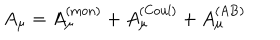
LaTeX: A _ { \mu } = A _ { \mu } ^ { ( \mathrm { m o n } ) } + A _ { \mu } ^ { ( \mathrm { C o u l } ) } + A _ { \mu } ^ { ( \mathrm { A B } ) }